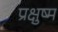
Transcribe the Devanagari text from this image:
प्रक्षुष्म